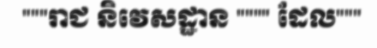
"""រាជ និវេសដ្ឋាន """" ដែល"""